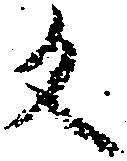
反